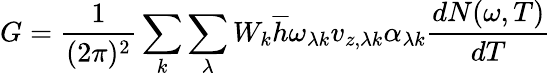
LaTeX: G=\frac{1}{(2\pi)^{2}}\sum_{k}^{}\sum_{\lambda}^{}W_{k}\overline{{h}}\omega_{\lambda k}v_{z,\lambda k}\alpha_{\lambda k}\frac{dN(\omega,T)}{dT}